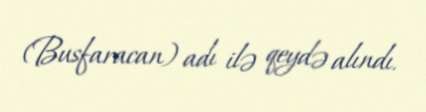
(Busfaracan) adı ilə qeydə alındı.